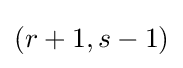
(r+1,s-1)